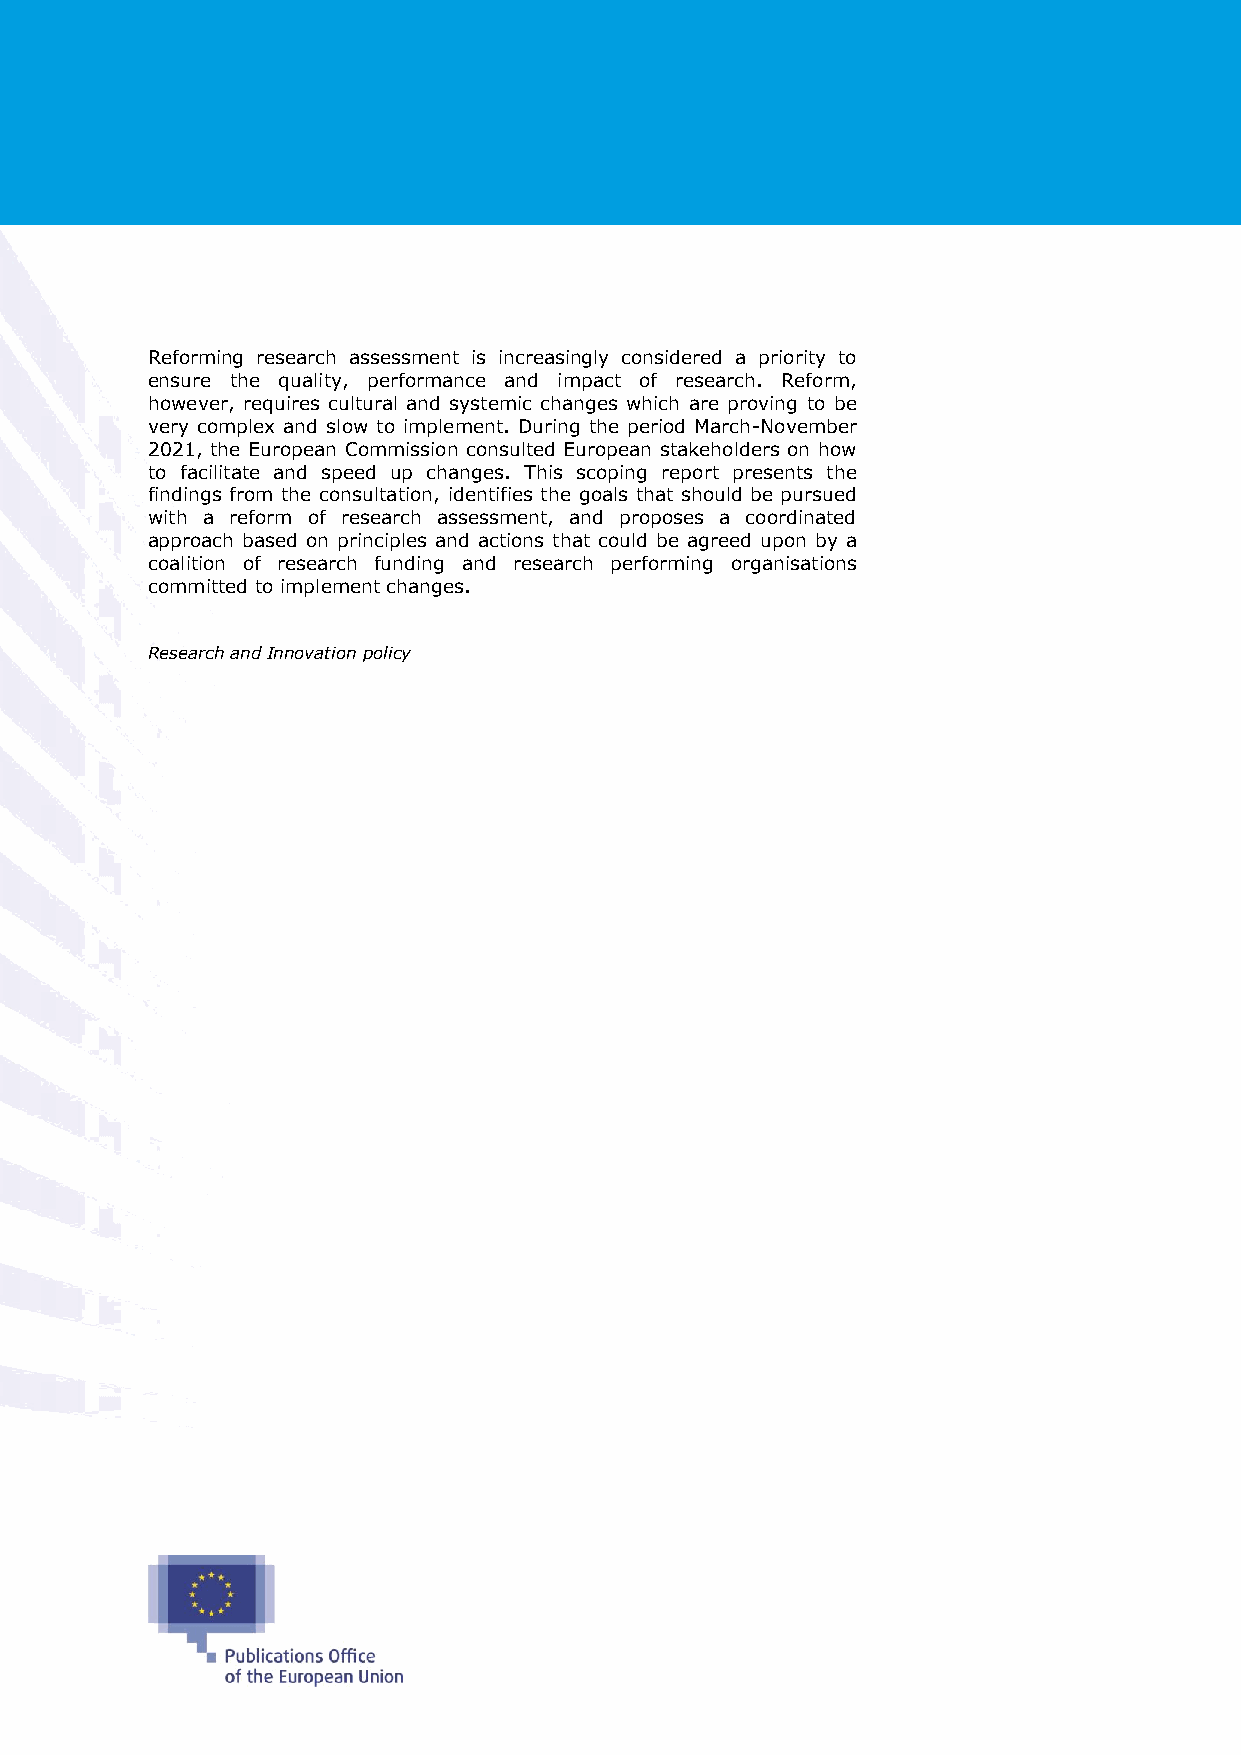
Reforming research assessment is increasingly considered a priority to
 ensure the quality, performance and impact of research. Reform,
 however, requires cultural and systemic changes which are proving to be
 very complex and slow to implement. During the period March-November
 2021, the European Commission consulted European stakeholders on how
 to facilitate and speed up changes. This scoping report presents the
 findings from the consultation, identifies the goals that should be pursued
 with a reform of research assessment, and proposes a coordinated
 approach based on principles and actions that could be agreed upon by a
 coalition of research funding and research performing organisations
 committed to implement changes.
 Research and Innovation policy